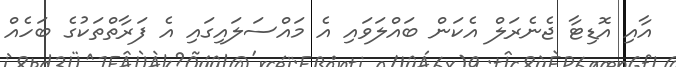
އާއި އޮޑިޓާ ޖެނެރަލް އެކަން ބައްލަވައި އެ މައްސަލައިގައި އެ ފަރާތްތަކުގެ ބަހެއް